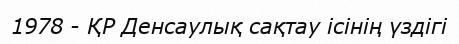
1978 - ҚР Денсаулық сақтау ісінің үздігі